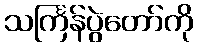
သင်္ကြန်ပွဲတော်ကို